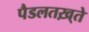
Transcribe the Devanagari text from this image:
पैडलतख़्ते